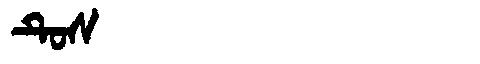
Manchu: ᡨᡠᠰ
Romanization: TUS